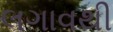
લગાવથી